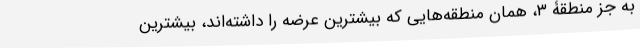
به جز منطقۀ ۳، همان منطقه‌هایی که بیشترین عرضه را داشته‌اند، بیشترین